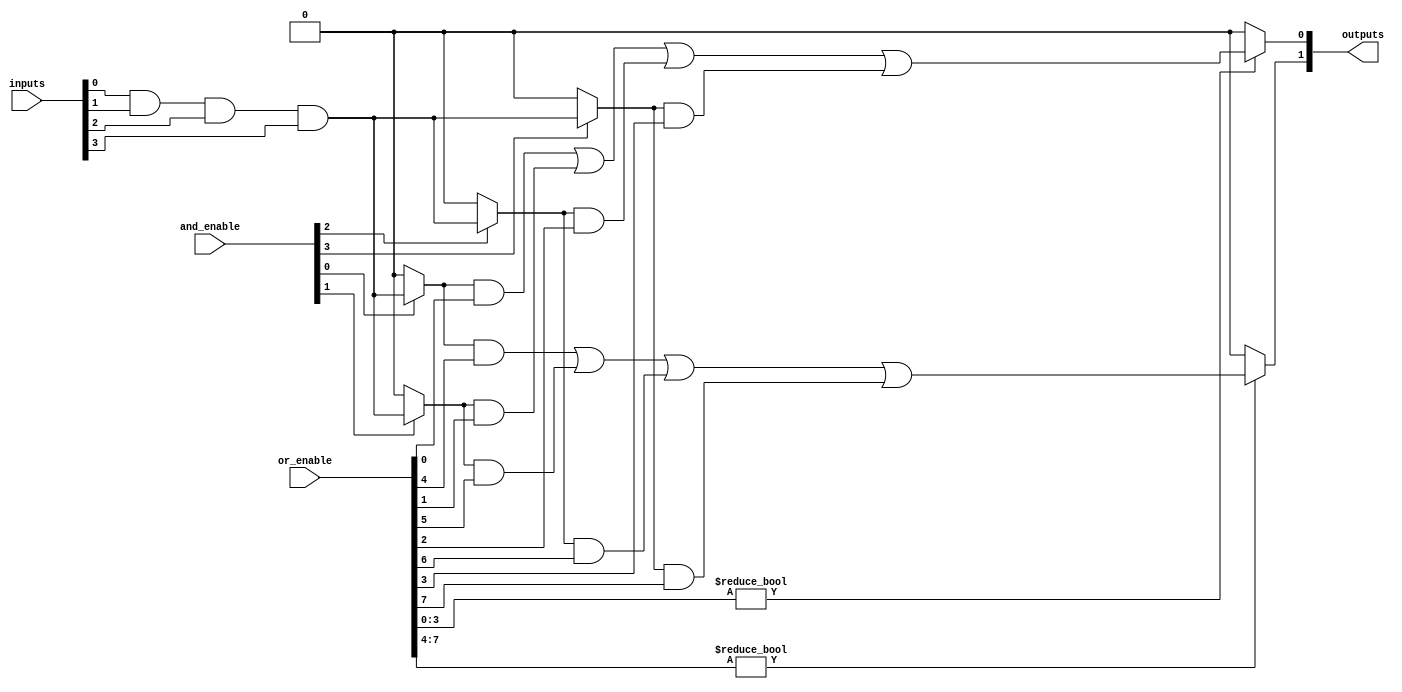
module ProgrammableLogicArray #(
    parameter n = 4, // Number of input lines
    parameter p = 4, // Maximum number of product terms (AND gates)
    parameter m = 2  // Number of output lines
)(
    input wire [n-1:0] inputs,   // Input lines
    input wire [p-1:0] and_enable, // Enable signals for each AND gate
    input wire [m*p-1:0] or_enable, // Enable signals for each OR gate (from AND outputs)
    output wire [m-1:0] outputs   // Output lines
);

// Internal wires for the outputs of AND gates
wire [p-1:0] and_outputs;

// AND Plane
genvar i, j;
generate
    for (i = 0; i < p; i = i + 1) begin : and_plane
        assign and_outputs[i] = and_enable[i] ? 
            (inputs[0] & (n > 1 ? inputs[1] : 1'b1) & 
             (n > 2 ? inputs[2] : 1'b1) & 
             (n > 3 ? inputs[3] : 1'b1)) : 1'b0; // Combine inputs based on enable
    end
endgenerate

// OR Plane
generate
    for (j = 0; j < m; j = j + 1) begin : or_plane
        assign outputs[j] = or_enable[j*p +: p] ?
            (and_outputs[0] & or_enable[j*p] | 
             and_outputs[1] & or_enable[j*p + 1] | 
             and_outputs[2] & or_enable[j*p + 2] | 
             and_outputs[3] & or_enable[j*p + 3]) : 1'b0; // Combine the outputs of AND gates
    end
endgenerate

endmodule